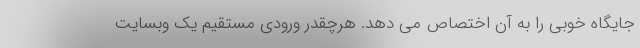
جایگاه خوبی را به آن اختصاص می دهد. هرچقدر ورودی مستقیم یک وبسایت